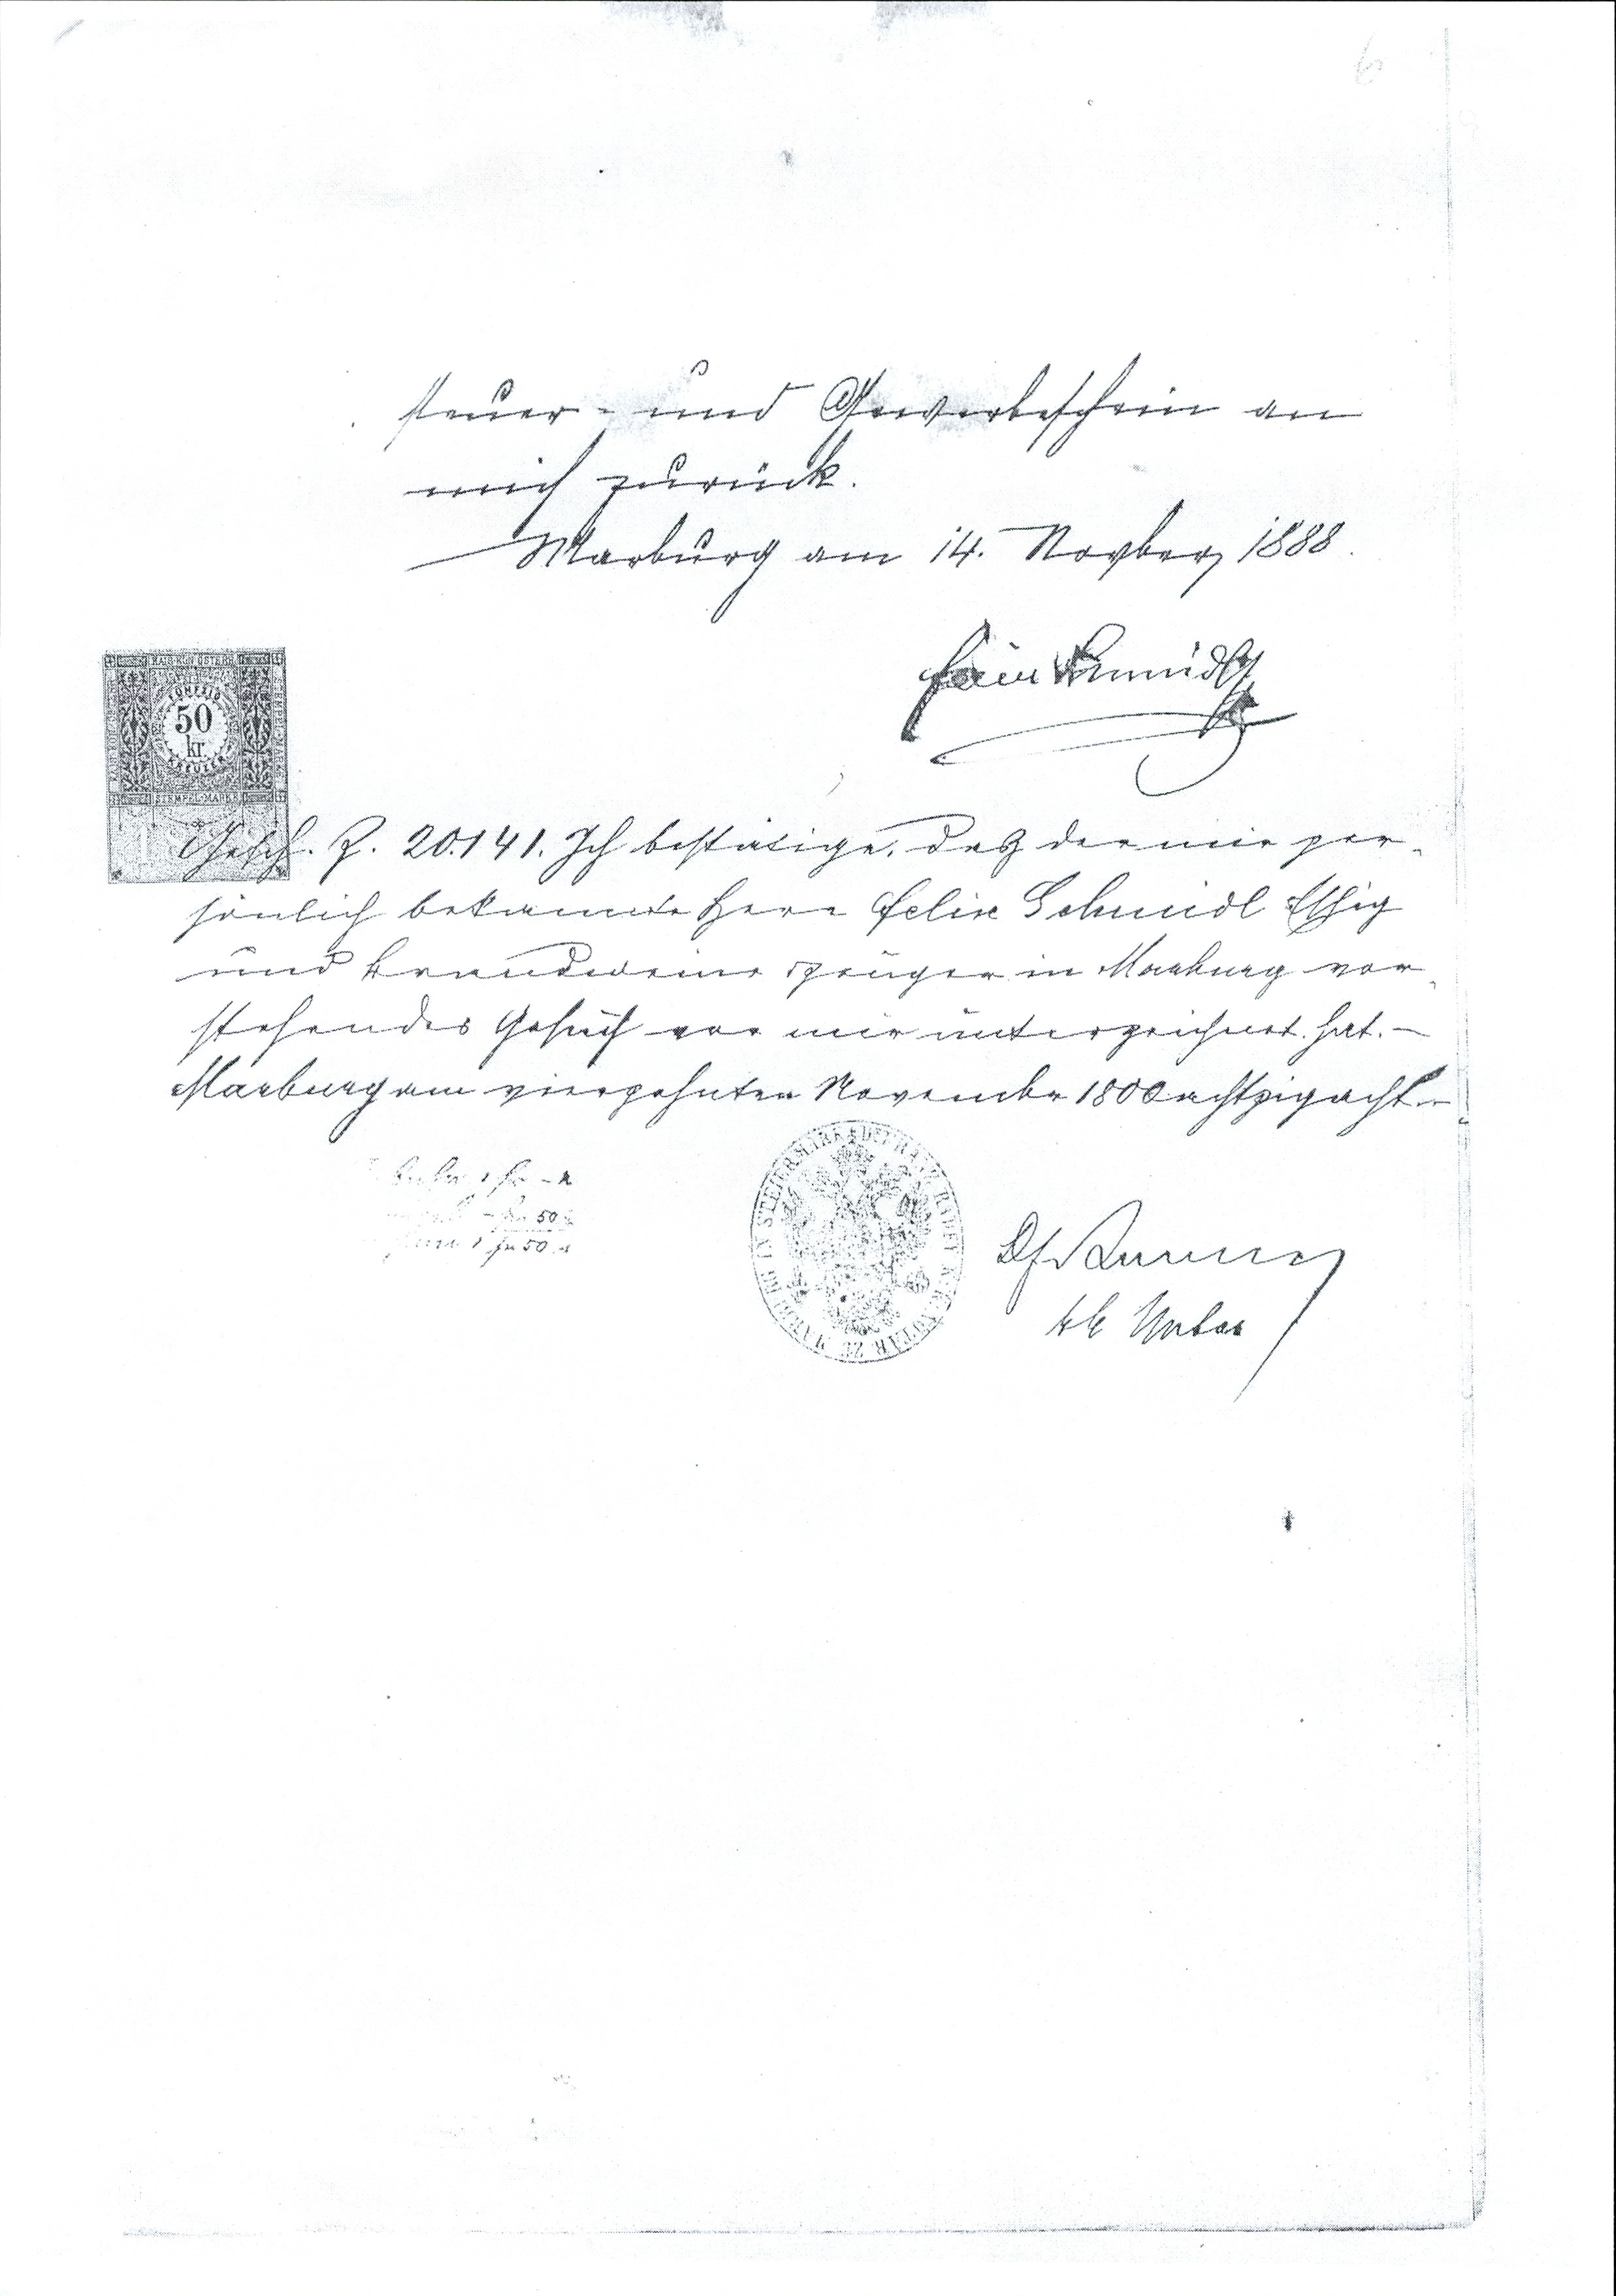
steuer = und Gewerbeschein an
mich zurück.
Marburg am 14. Novber 1888.

Gesch. Z. 20.141. Ich bestatige, daß der mir per¬
sönlich bekannte Herr Felix Schmidl Essig
und Brandweinerzeuger in Marburg vor¬
stehendes Gesuch vor mir unterzeichnet hat. —
Marburg am vierzehnten Novembr 1800 achtzigacht.

kk Notar